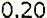
0.20